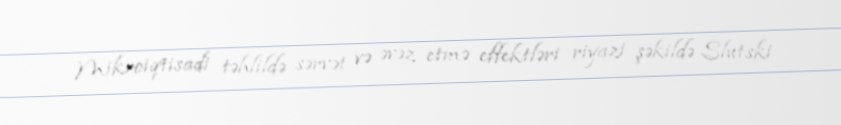
Mikroiqtisadi təhlildə sərvət və əvəz etmə effektləri riyazi şəkildə Slutski